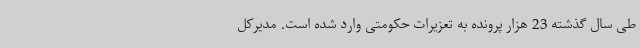
طی سال گذشته 23 هزار پرونده به تعزیرات حکومتی وارد شده است. مدیرکل